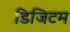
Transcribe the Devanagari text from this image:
डिजिटम